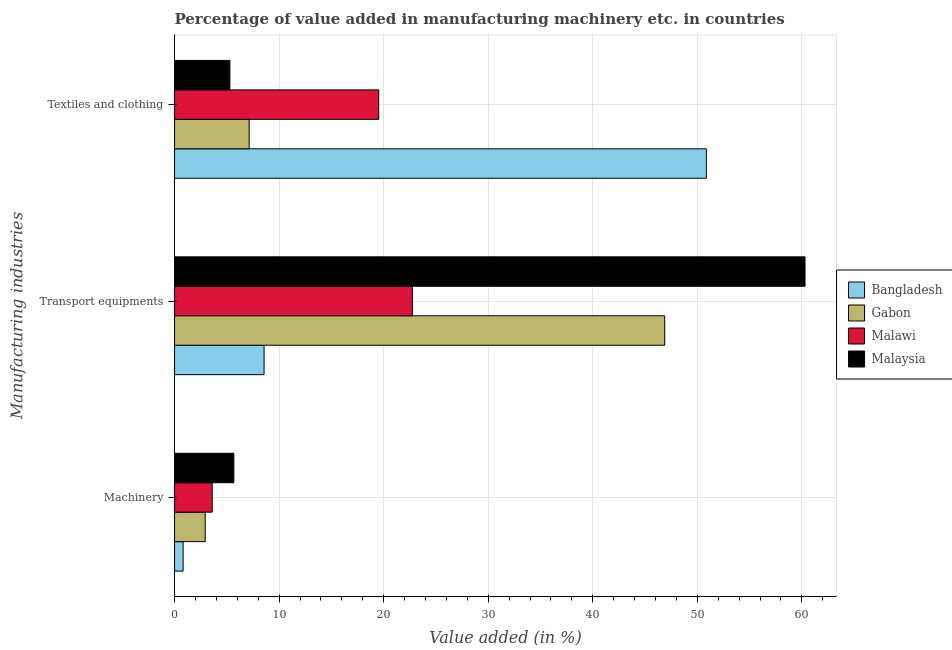
| Manufacturing industries | Bangladesh | Gabon | Malawi | Malaysia |
 | --- | --- | --- | --- | --- |
 | Machinery | 0.818 | 2.93 | 3.6 | 5.67 |
 | Transport equipments | 8.56 | 46.9 | 22.7 | 60.3 |
 | Textiles and clothing | 50.9 | 7.14 | 19.5 | 5.29 |